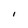
Character: l